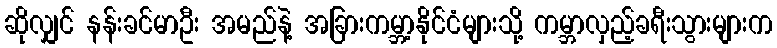
ဆိုလျှင် နန်းခင်မာဦး အမည်နဲ့ အခြားကမ္ဘာ့နိုင်ငံများသို့ ကမ္ဘာလှည့်ခရီးသွားများက